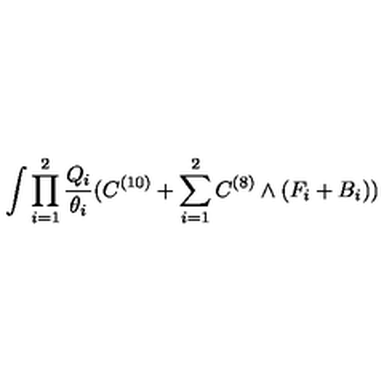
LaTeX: \int \prod _ { i = 1 } ^ { 2 } \frac { Q _ { i } } { \theta _ { i } } ( C ^ { ( 1 0 ) } + \sum _ { i = 1 } ^ { 2 } C ^ { ( 8 ) } \wedge ( F _ { i } + B _ { i } ) )